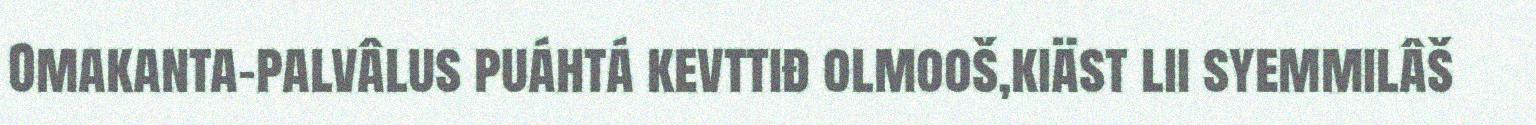
Omakanta-palvâlus puáhtá kevttiđ olmooš,kiäst lii syemmilâš